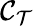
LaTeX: \mathcal{C}_{\mathcal{T}}